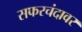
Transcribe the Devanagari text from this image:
सफरचंदावर